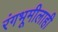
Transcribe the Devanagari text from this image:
रंगभूमीलाही